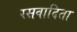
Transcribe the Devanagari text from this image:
रसवादिता